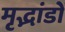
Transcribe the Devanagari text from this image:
मृद्भांडों